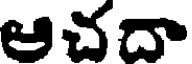
ఆచదా